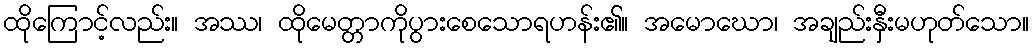
ထိုကြောင့်လည်း။ အဿ၊ ထိုမေတ္တာကိုပွားစေသောရဟန်း၏။ အမောဃော၊ အချည်းနှီးမဟုတ်သော။